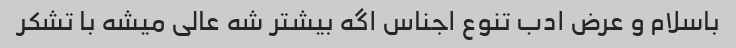
باسلام و عرض ادب تنوع اجناس اگه بیشتر شه عالی میشه با تشکر